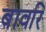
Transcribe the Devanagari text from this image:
बावरि